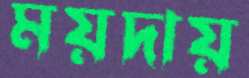
ময়দায়